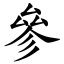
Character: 參